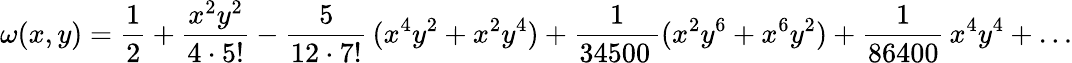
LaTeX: \omega(x,y)=\frac{1}{2}+\frac{x^{2}y^{2}}{4\cdot 5!}-\frac{5}{12\cdot 7!}\, (x^{4}y^{2}+x^{2}y^{4})+\frac{1}{34500\, }(x^{2}y^{6}+x^{6}y^{2})+\frac{1}{86400}\, x^{4}y^{4}+\ldots